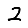
Digit: 2